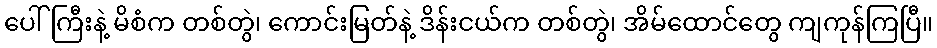
ပေါ်ကြီးနဲ့ မိစံက တစ်တွဲ၊ ကောင်းမြတ်နဲ့ ဒိန်းငယ်က တစ်တွဲ၊ အိမ်ထောင်တွေ ကျကုန်ကြပြီ။